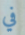
في